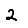
Digit: 2